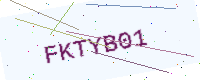
Text: FKTYB01